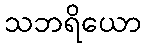
သဘရိယော